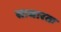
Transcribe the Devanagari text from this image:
साधारतः